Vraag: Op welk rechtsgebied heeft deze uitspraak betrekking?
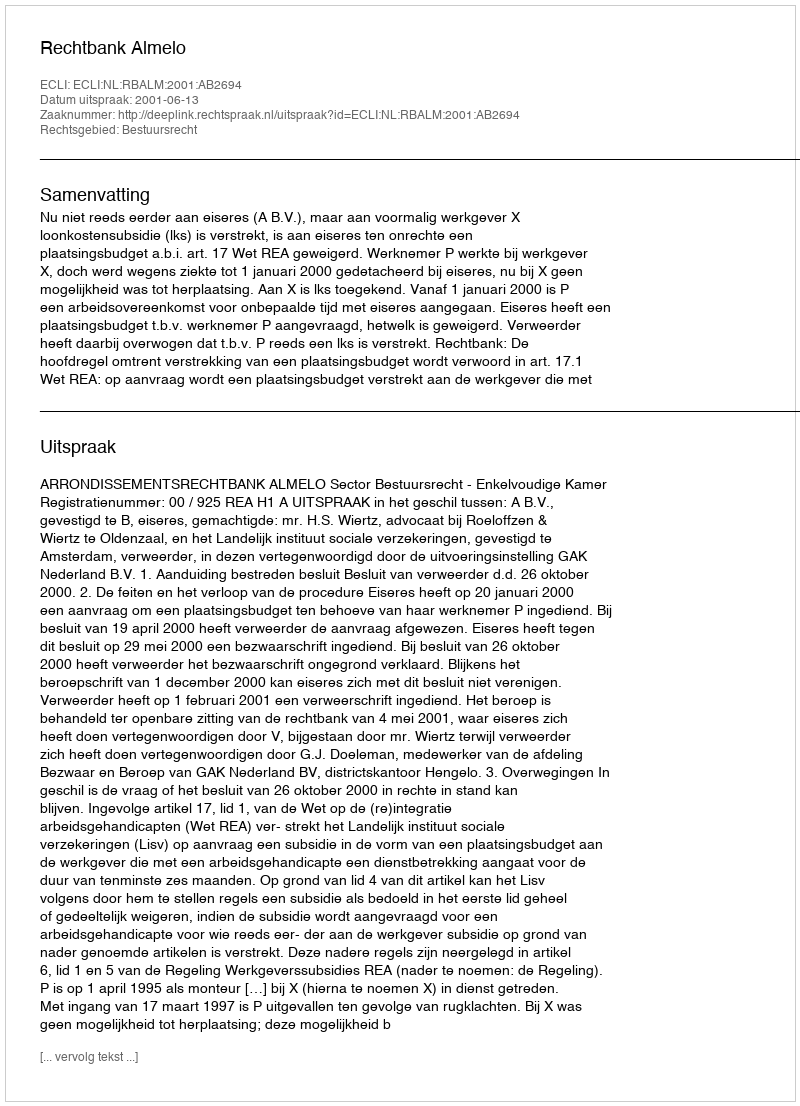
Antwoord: Bestuursrecht